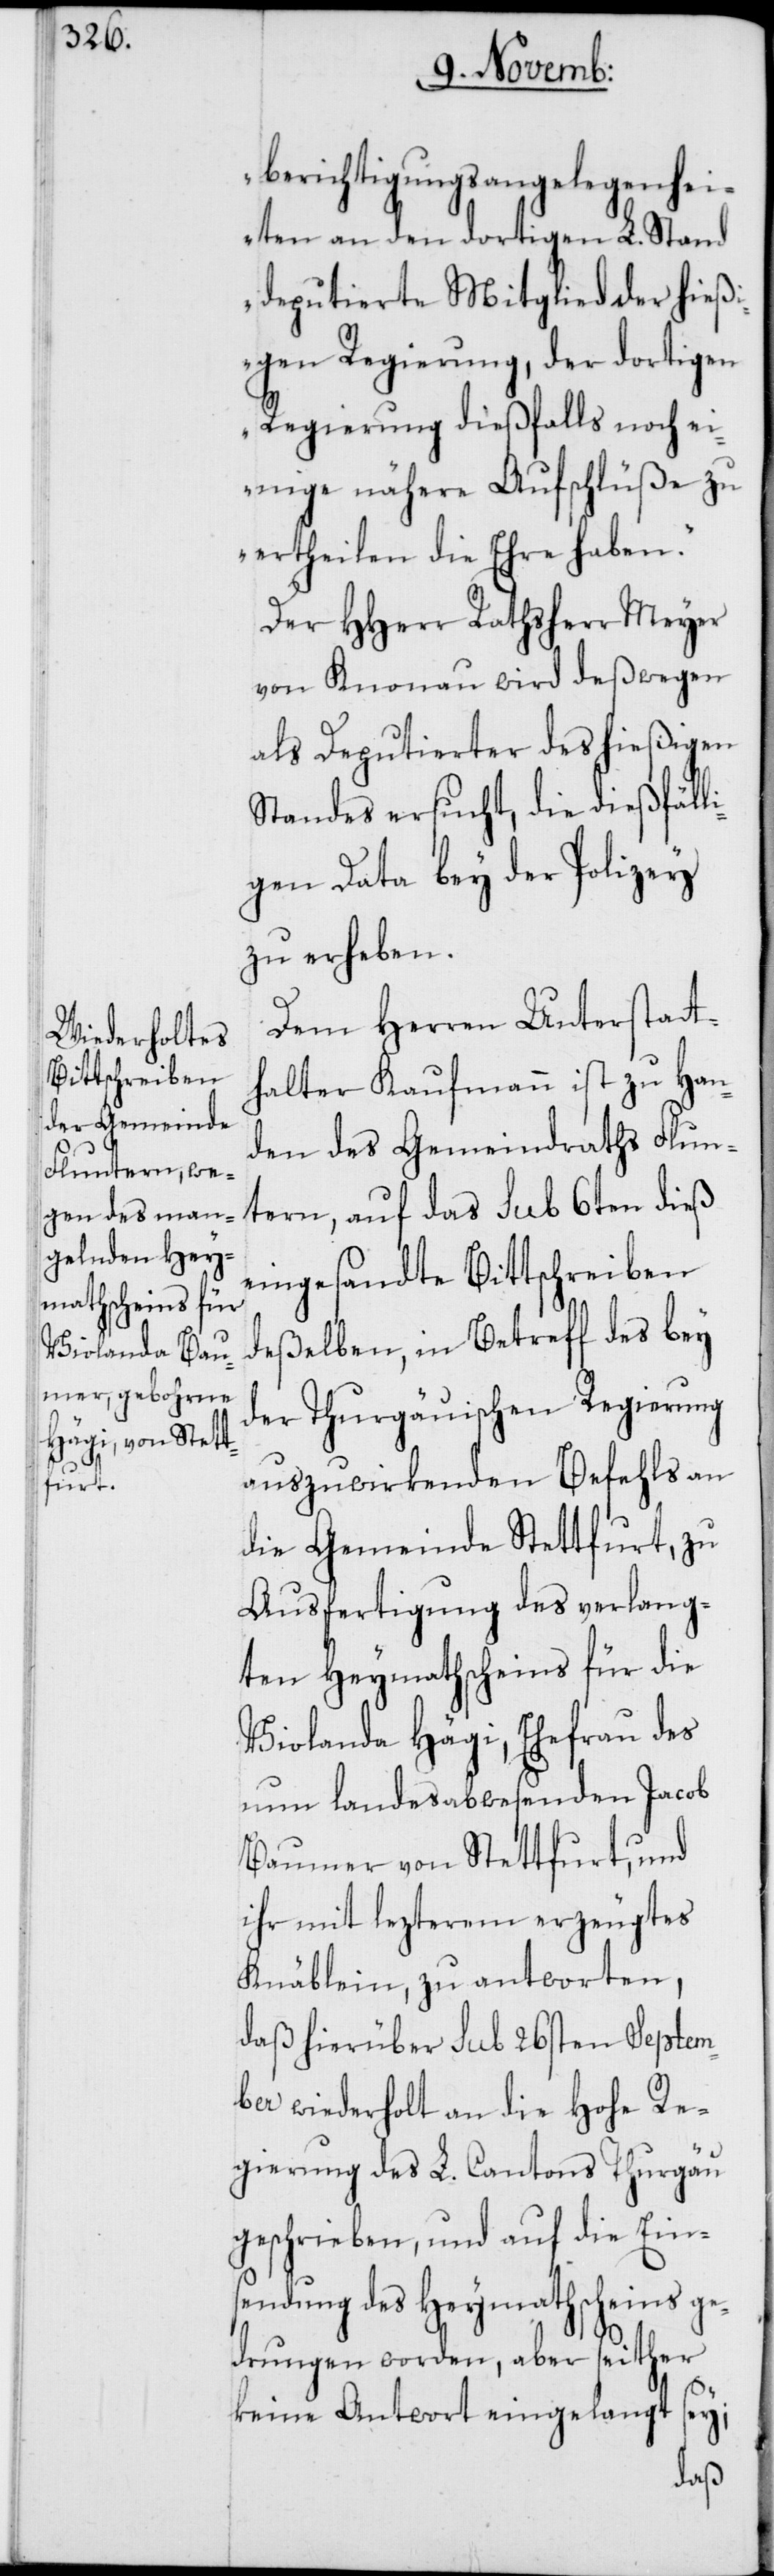
berichtigungsangelegenhei¬
ten an den dortigen L. Stand
deputierten Mitglied der hieß¬
igen Regierung, der dortigen
Regierung dießfalls noch ei¬
nige nähere Aufschlüße zu
ertheilen die Ehre haben.“
Der HHerr Rathsherr Meyer
von Knonau wird deswegen
als Deputierter des hießigen
Standes ersucht, die dießfäll¬
igen Data bey der Polizey
zu erheben.
Dem Herren Unterstatt¬
halter Kaufmann ist zu Han¬
den des Gemeindraths Flun¬
tern, auf das sub 6ten dieß
eingesandte Bittschreiben
deßelben, in Betreff des bey
der Thurgauischen Regierung
auszuwirkenden Befehls an
die Gemeinde Stettfurt, zu
Ausfertigung des verlang¬
ten Heymathscheins für die
Violanda Hägi, Ehefrau des
nun landesabwesenden Jacob
Baumer von Stettfurt, und
ihr mit lezterem erzeugtes
Knäblein, zu antworten,
daß hierüber sub 26sten Septem¬
ber wiederholt an die Hohe Re¬
gierung des L. Cantons Thurgau
geschrieben, und auf die Ein¬
sendung des Heymathscheins ge¬
drungen worden, aber seither
keine Antwort eingelangt sey;